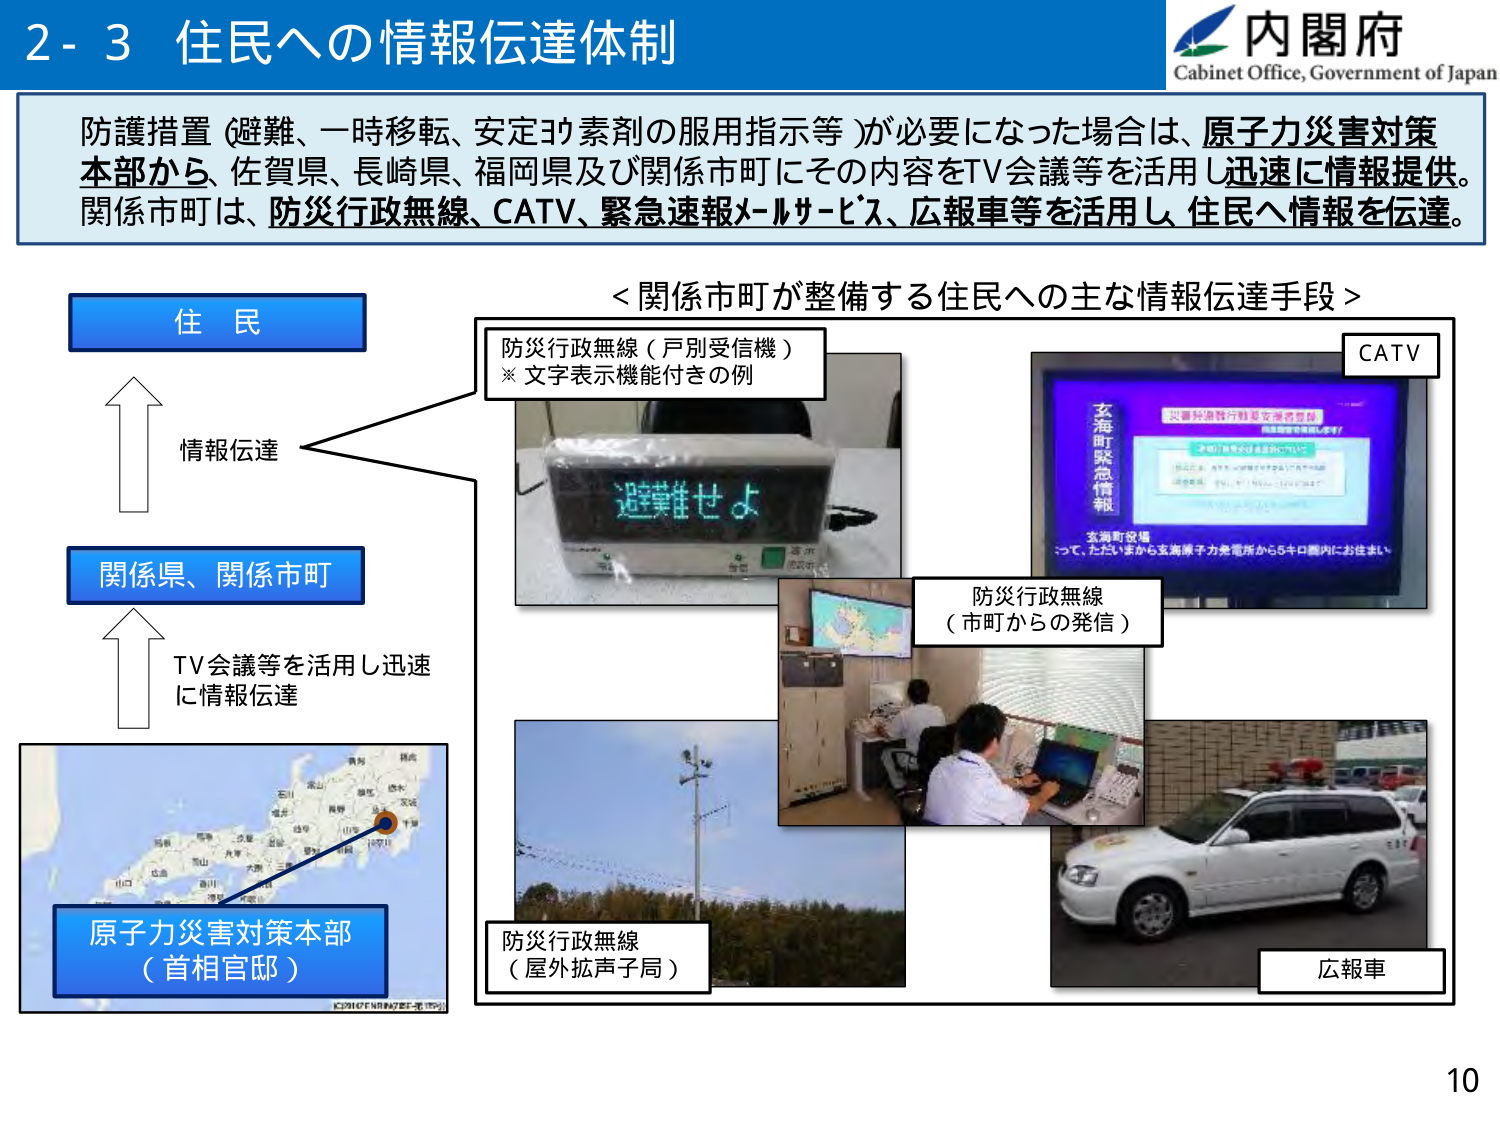
2-3 住民への情報伝達体制

内閣府
Cabinet Office, Government of Japan

防護措置（避難、一時移転、安定ヨウ素剤の服用指示等）が必要になった場合は、原子力災害対策本部から、佐賀県、長崎県、福岡県及び関係市町にその内容をTV会議等を活用し迅速に情報提供。関係市町は、防災行政無線、CATV、緊急速報メールサービス、広報車等を活用し、住民へ情報を伝達。

＜関係市町が整備する住民への主な情報伝達手段＞

住民
情報伝達
関係県、関係市町
TV会議等を活用し迅速に情報伝達
原子力災害対策本部
（首相官邸）

防災行政無線（戸別受信機）
※文字表示機能付きの例
避難せよ

CATV
玄海町緊急情報
災害対策特別措置法第2条第1項
緊急情報発表
玄海町緊急情報
宝海町役場
って、ただいまから宝海原子力発電所から5キロ圏内にお住まい

防災行政無線
（市町からの発信）

防災行政無線
（屋外拡声子局）

広報車

10